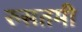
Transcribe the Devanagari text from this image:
रुसतमी